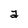
Character: a